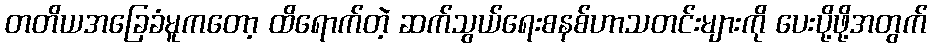
တတိယအခြေခံမူကတော့ ထိရောက်တဲ့ ဆက်သွယ်ရေးစနစ်ဟာသတင်းများကို ပေးပို့ဖို့အတွက်